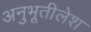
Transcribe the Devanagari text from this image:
अनुभूतीलेश